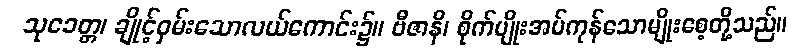
သုခေတ္တ၊ ချိုင့်ဝှမ်းသောလယ်ကောင်း၌။ ဗီဇာနိ၊ စိုက်ပျိုးအပ်ကုန်သောမျိုးစေ့တို့သည်။